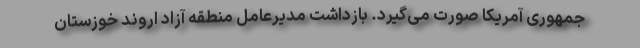
جمهوری آمریکا صورت می‌گیرد. بازداشت مدیرعامل منطقه آزاد اروند خوزستان